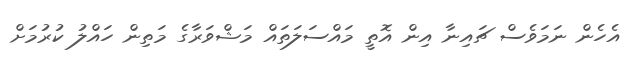
އެހެން ނަމަވެސް ޗައިނާ އިން އޮތީ މައްސަލަތައް މަޝްވަރާގެ މަތިން ހައްލު ކުރުމަށް